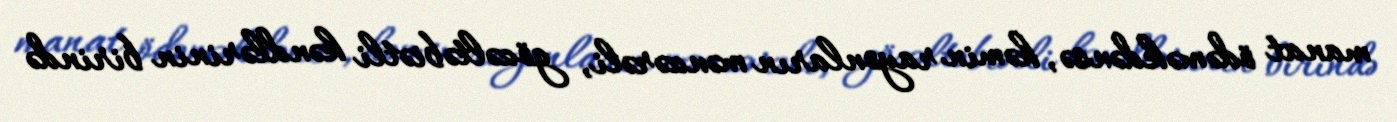
manat ödəməkdənsə, həmin rayonların mənzərəli, gözəltəbiətli kəndlərinin birində